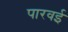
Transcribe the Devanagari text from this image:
पारवई